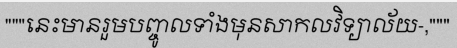
"""នេះមានរួមបញ្ចូលទាំងមុនសាកលវិទ្យាល័យ-,"""